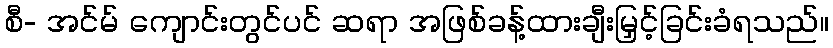
စီ- အင်မ် ကျောင်းတွင်ပင် ဆရာ အဖြစ်ခန့်ထားချီးမြှင့်ခြင်းခံရသည်။